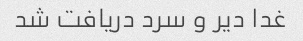
غدا دیر و سرد دریافت شد